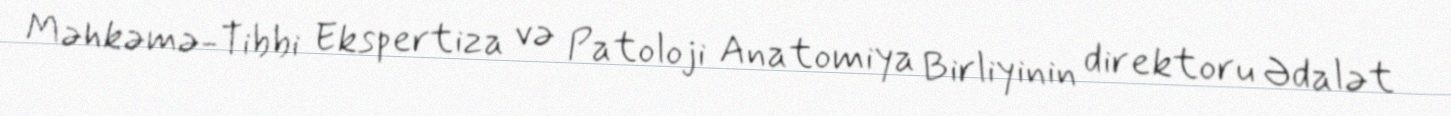
Məhkəmə-Tibbi Ekspertiza və Patoloji Anatomiya Birliyinin direktoru Ədalət